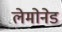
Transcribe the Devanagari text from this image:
लेमोनेड